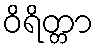
ဝိရိတ္တာ